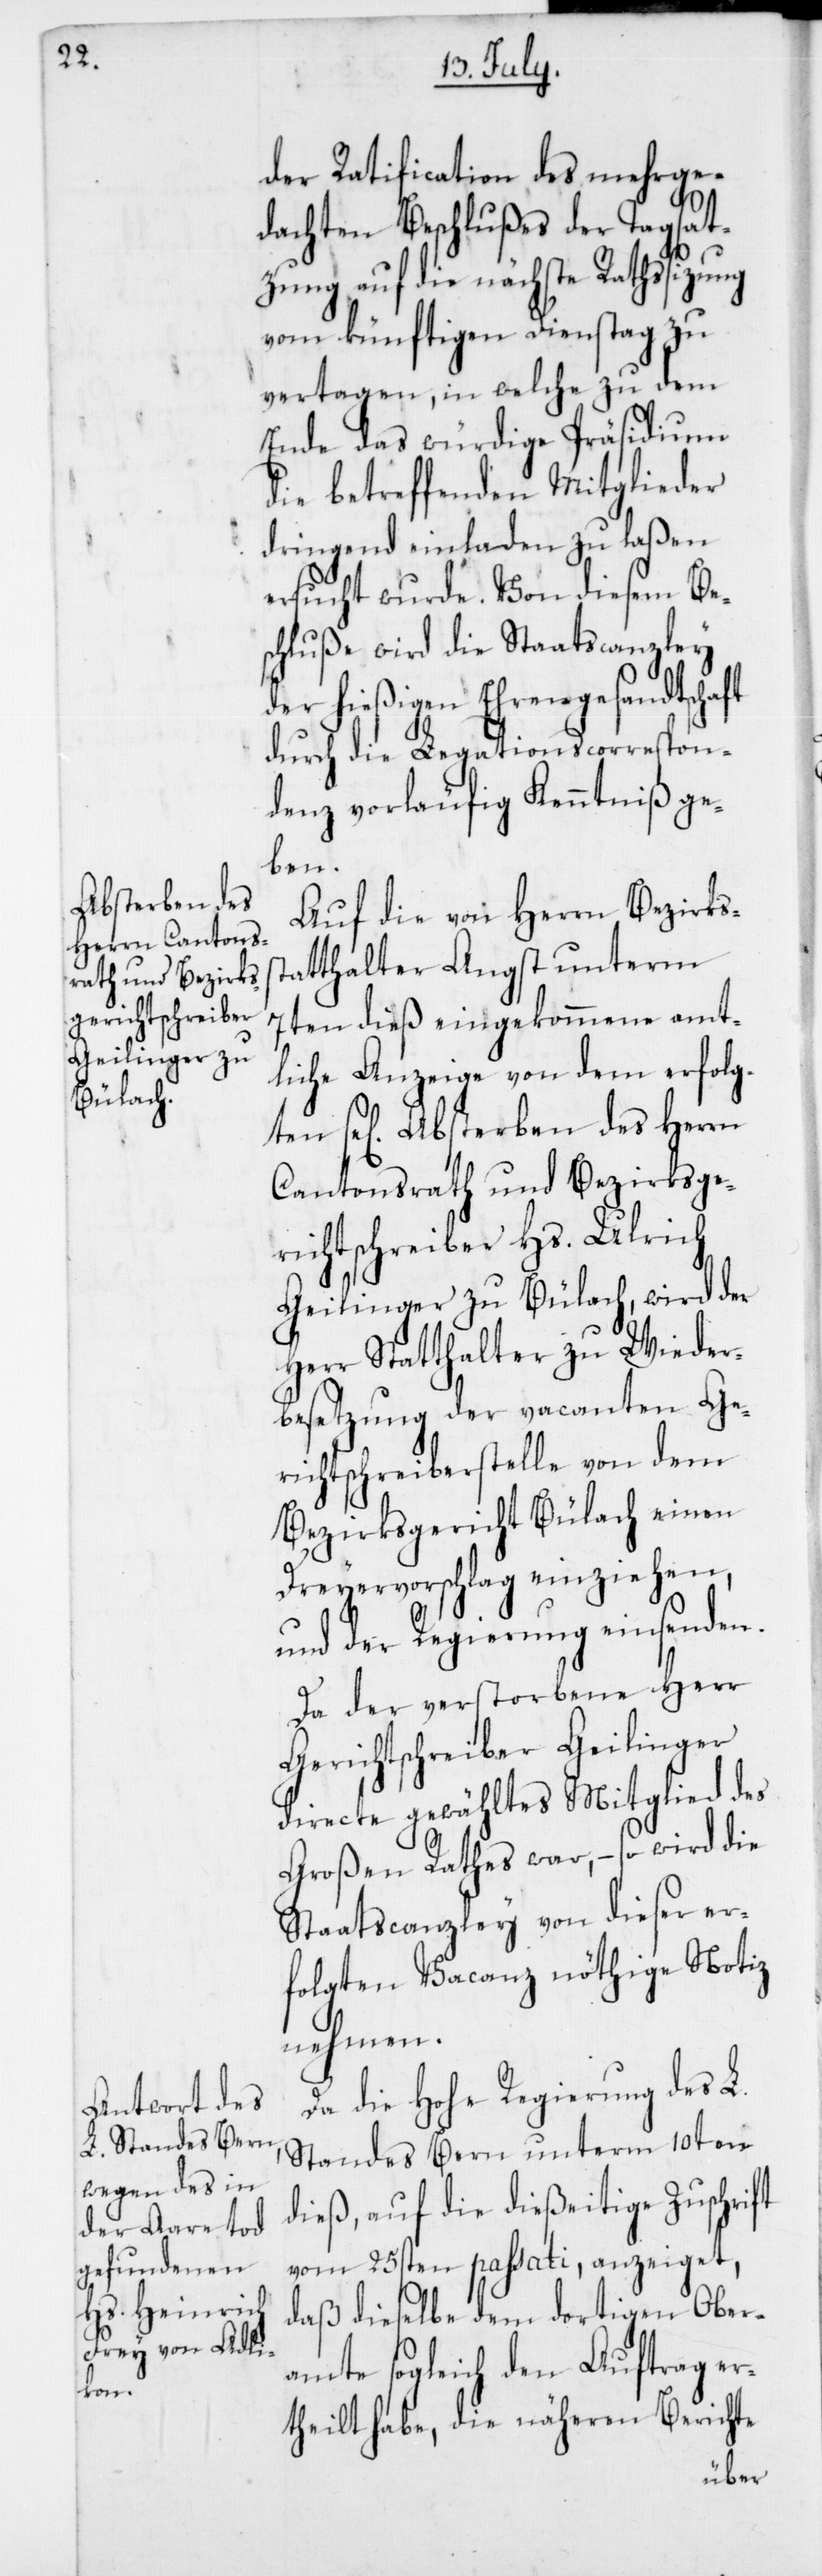
Absterben des
ten

der Ratification des mehrge¬
dachten Beschlußes der Tagsat¬
zung auf die nächste Rathssitzu¬
vom künftigen Dienstag zu
vertagen, in welche zu dem
Ende das würdige Präsidium
die betreffenden Mitglieder
dringend einladen zu laßen
schluße wird die Staatscanzley
der hießigen Ehrengesandtschaft
durch die Legationscorrespon¬
denz vorläufig Kenntniß ge¬
ben.
Auf die von Herrn Bezirks¬
tatthalter Angst unterm
7ten dieß eingekommene amt¬
liche Anzeige von dem erfolg¬
Cantonsrath und Bezirksge¬
richtschreiber Hs. Ulrich
Geilinger zu Bülach, wird der
Herr Statthalter zu Wieder¬
besetzung der vacanten Ge¬
richtschreiberstelle von dem
Bezirksgericht Bülach einen
Dreyervorschlag einziehen,
und der Regierung einsenden.
Da der verstorbene Herr
Gerichtschreiber Geilinger
directe gewähltes Mitglied des
Großen Rathes war, – so wird die
Staatscanzley von dieser er¬
folgten Vacanz nöthige Notiz
nehmen.
Da die Hohe Regierung des L.
Standes Bern unterm 10ten
dieß, auf die dießeitige Zuschrift
vom 25sten passati, anzeiget,
daß dieselbe dem dortigen Ober¬
amte sogleich den Auftrag er¬
theilt habe, die näheren Berichte